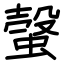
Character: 螜